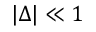
| \Delta | \ll 1